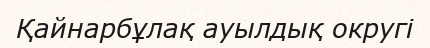
Қайнарбұлақ ауылдық округі